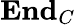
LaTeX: \mathbf{End}_{C}